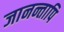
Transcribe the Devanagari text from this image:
जानन्तापि